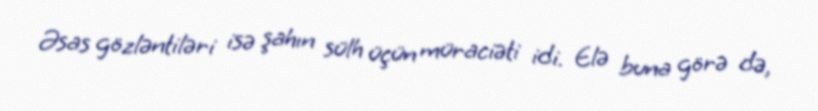
Əsas gözləntiləri isə şahın sülh üçün müraciəti idi. Elə buna görə də,